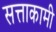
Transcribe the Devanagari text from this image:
सत्ताकामी